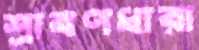
শ্রাবণধারা